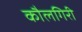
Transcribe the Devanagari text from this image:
कौलगिरी